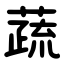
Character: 蔬